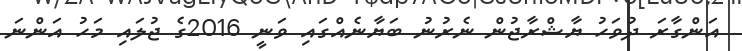
އަންގާރަ ދުވަހު ޔާޝްރާޖުން ނެރުނު ބަޔާނެއްގައި ވަނީ 2016ގެ ޖުލައި މަހު އަންނަ